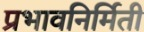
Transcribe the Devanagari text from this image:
प्रभावनिर्मिती